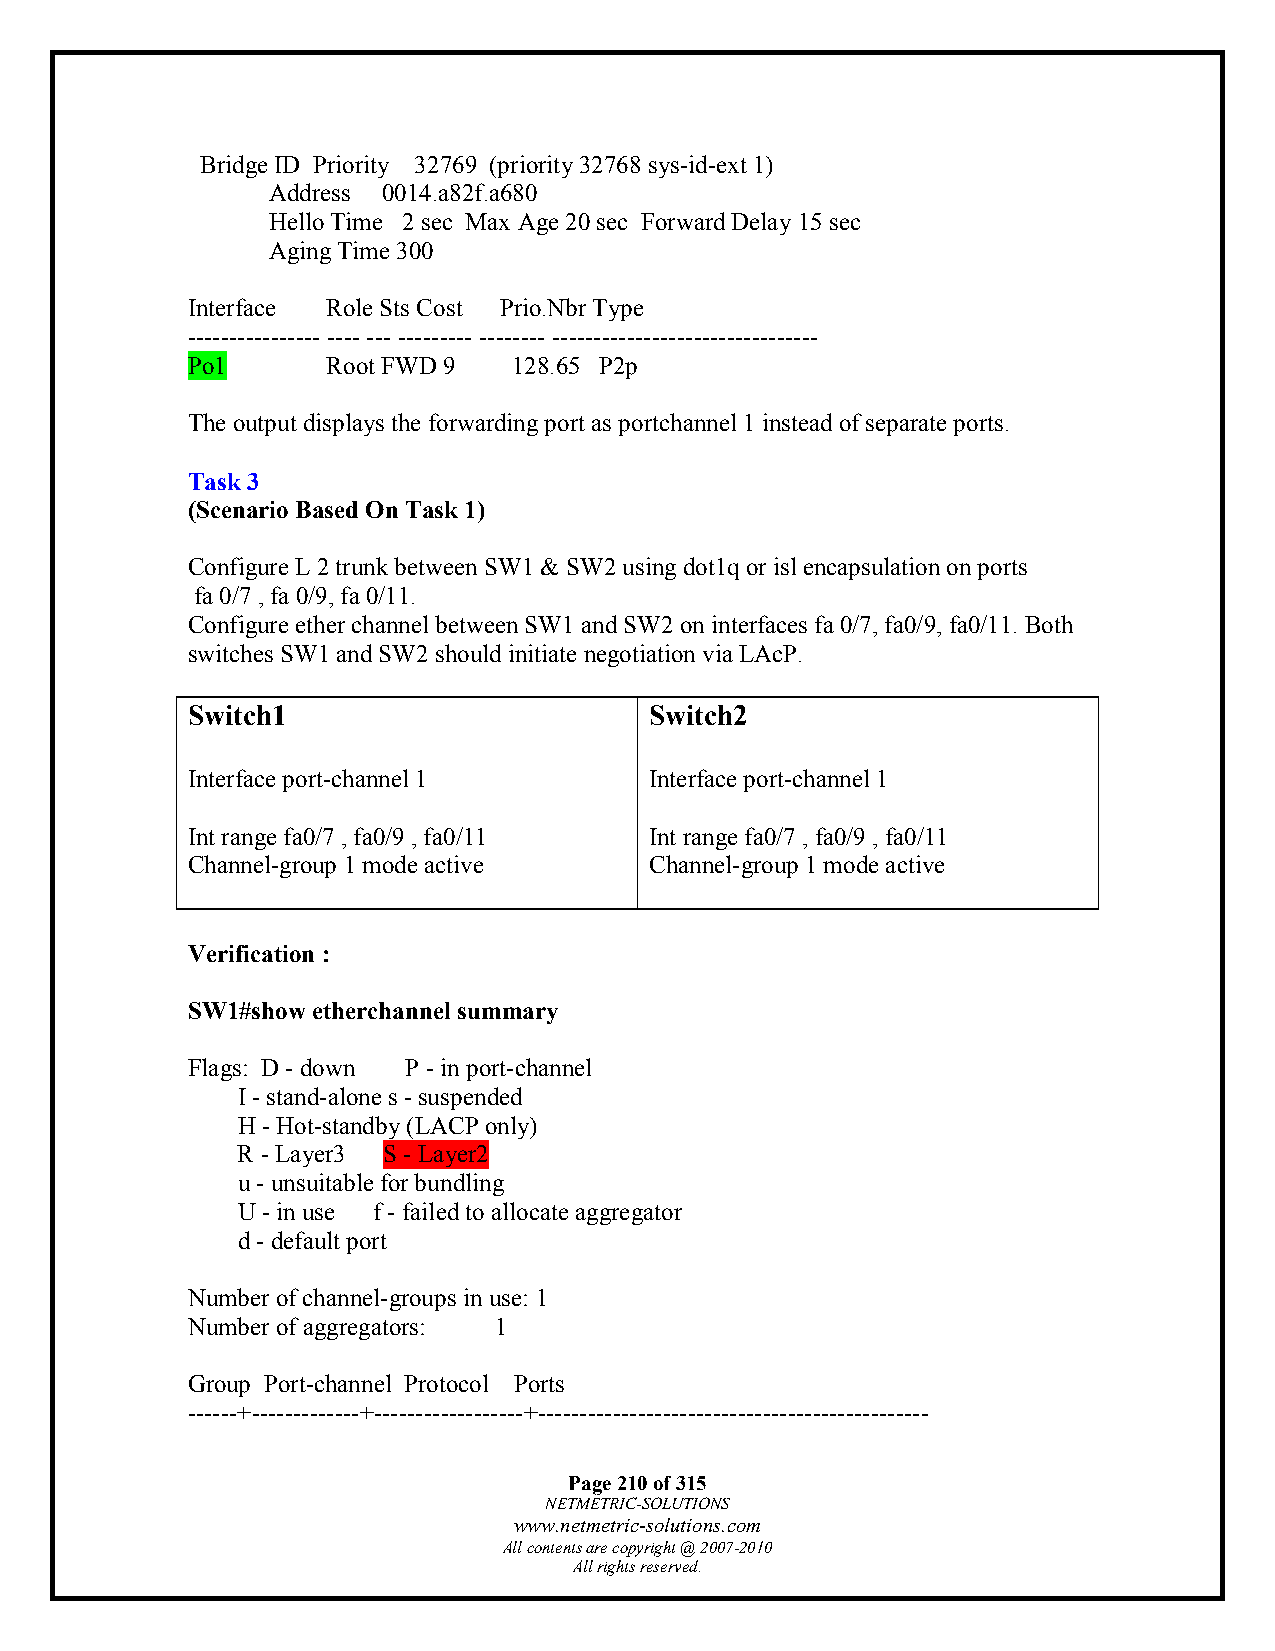
Bridge ID Priority 32769 (priority 32768 sys-id-ext 1)
 Address 0014.a82f.a680
 Hello Time 2 sec Max Age 20 sec Forward Delay 15 sec
 Aging Time 300
 Interface Role Sts Cost Prio.Nbr Type
 ---------------- ---- --- --------- -------- --------------------------------
 Po1       Root FWD 9  128.65 P2p
 The output displays the forwarding port as portchannel 1 instead of separate ports.
 Task 3
 (Scenario Based On Task 1)
 Configure L 2 trunk between SW1 & SW2 using dot1q or isl encapsulation on ports
 fa 0/7 , fa 0/9, fa 0/11.
 Configure ether channel between SW1 and SW2 on interfaces fa 0/7, fa0/9, fa0/11. Both
 switches SW1 and SW2 should initiate negotiation via LAcP.
 Switch1                        Switch2
 Interface port-channel 1       Interface port-channel 1
 Int range fa0/7 , fa0/9 , fa0/11 Int range fa0/7 , fa0/9 , fa0/11
 Channel-group 1 mode active    Channel-group 1 mode active
 Verification :
 SW1#show etherchannel summary
 Flags: D - down P - in port-channel
 I - stand-alone s - suspended
 H - Hot-standby (LACP only)
 R - Layer3 S - Layer2
 u - unsuitable for bundling
 U - in use f - failed to allocate aggregator
 d - default port
 Number of channel-groups in use: 1
 Number of aggregators: 1
 Group Port-channel Protocol Ports
 ------+-------------+------------------+-----------------------------------------------
 Page 210 of 315
 NETMETRIC-SOLUTIONS
 www.netmetric-solutions.com
 All contents are copyright @ 2007-2010
 All rights reserved.